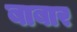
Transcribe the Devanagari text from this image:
बाबार